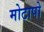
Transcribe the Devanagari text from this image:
मोटापो